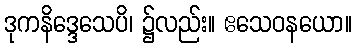
ဒုကနိဒ္ဒေသေပိ၊ ၌လည်း။ ဧသေဝနယော။